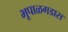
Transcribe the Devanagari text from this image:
भूपाळगडास